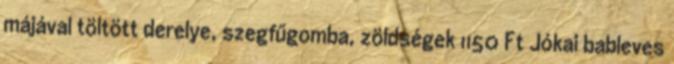
májával töltött derelye, szegfűgomba, zöldségek 1150 Ft Jókai bableves